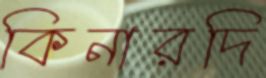
কিনারদি